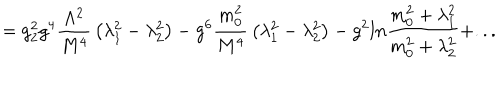
= g _ { 2 } ^ { 2 } g ^ { 4 } { \frac { \Lambda ^ { 2 } } { M ^ { 4 } } } \left( \lambda _ { 1 } ^ { 2 } - \lambda _ { 2 } ^ { 2 } \right) - g ^ { 6 } { \frac { m _ { 0 } ^ { 2 } } { M ^ { 4 } } } \left( \lambda _ { 1 } ^ { 2 } - \lambda _ { 2 } ^ { 2 } \right) - g ^ { 2 } l n { \frac { m _ { 0 } ^ { 2 } + \lambda _ { 1 } ^ { 2 } } { m _ { 0 } ^ { 2 } + \lambda _ { 2 } ^ { 2 } } } + . . .